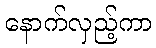
နောက်လှည့်ကာ